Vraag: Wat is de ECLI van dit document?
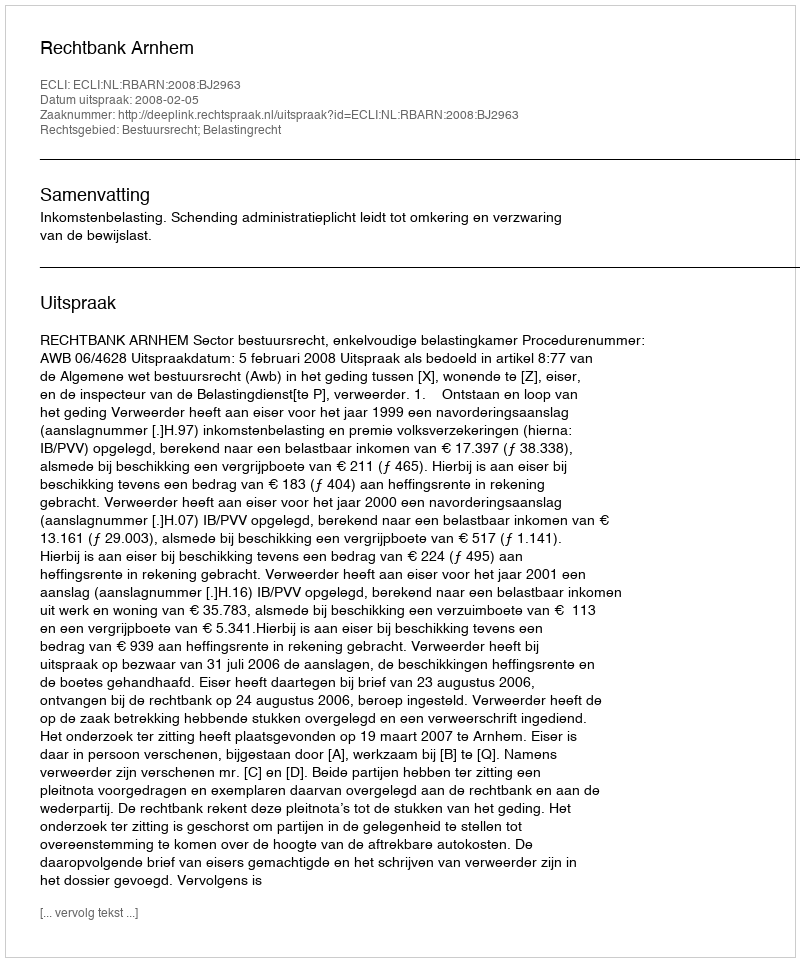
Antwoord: ECLI:NL:RBARN:2008:BJ2963